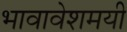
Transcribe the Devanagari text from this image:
भावावेशमयी